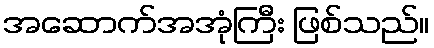
အဆောက်အအုံကြီး ဖြစ်သည်။